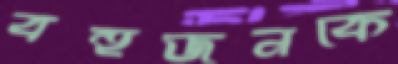
বহুজনকে